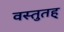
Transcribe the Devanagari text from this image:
वस्तुतह्